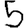
Digit: 5